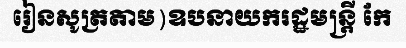
រៀនសូត្រតាម)ឧបនាយករដ្ឋមន្ត្រី កែ